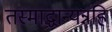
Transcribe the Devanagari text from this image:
तस्माद्धान्यन्नहि